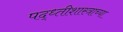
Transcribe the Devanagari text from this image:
पद्ध्तीशास्त्राच्या